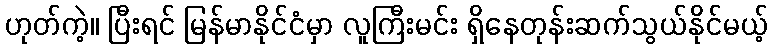
ဟုတ်ကဲ့။ ပြီးရင် မြန်မာနိုင်ငံမှာ လူကြီးမင်း ရှိနေတုန်းဆက်သွယ်နိုင်မယ့်